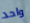
واحد